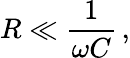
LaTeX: R\ll{\frac{1}{\omega C}}\, ,